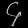
Digit: ၄